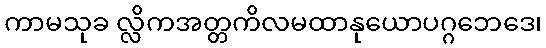
ကာမသုခ လ္လိကအတ္တကိလမထာနုယောပဂ္ဂဘေဒေ၊